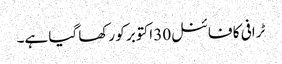
ٹرافی کا فائنل30 اکتوبر کو رکھا گیا ہے۔